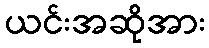
ယင်းအဆိုအား